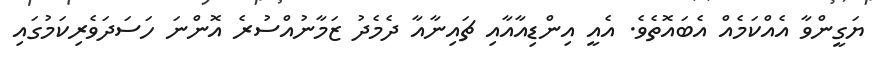
ޔަގީންވާ އެއްކަމެއް އެބައޮތެވެ. އެއީ އިންޑިއާއާއި ޗައިނާއާ ދެމެދު ޒަމާނުއްސުރެ އޮންނަ ހަސަދަވެރިކަމުގައި